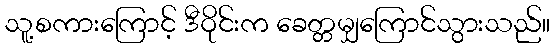
သူ့စကားကြောင့် ဒီဝိုင်းက ခေတ္တမျှကြောင်သွားသည်။